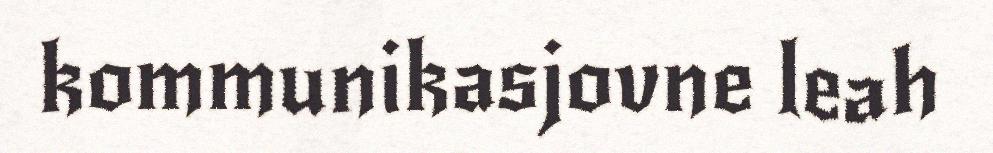
kommunikasjovne leah